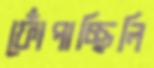
ফোঁপাচ্ছিলি